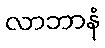
လာဘာနံ